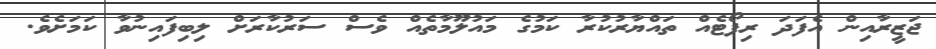
ޖަޒީރާއިން އެފަދަ ރިޕޯޓެއް ތައްޔާރުކުރާ ކަމުގެ މައުލޫމާތެއް ވެސް ސަރުކާރަށް ލިބިފައިނުވާ ކަމަށެވެ.